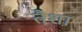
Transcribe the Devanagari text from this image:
तैशा